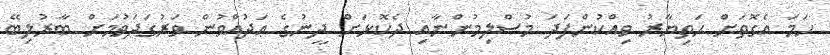
ހަމަ އެގޮތަށް ހަތިޔާރު ވިއްކުންފަދަ މުސްލިމުންނާއި ދެކޮޅަށް ދީނުގެ ޢަދުއްވުން ވަރުގަދަވުމަށް ބާރުލިބޭ